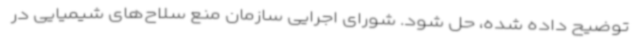
توضیح داده شده، حل شود. شورای اجرایی سازمان منع سلاح‌های شیمیایی در